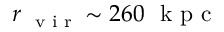
r _ { \mathrm { ~ \scriptsize ~ v ~ i ~ r ~ } } \sim 2 6 0 ~ \mathrm { ~ k ~ p ~ c ~ }